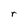
Character: r